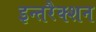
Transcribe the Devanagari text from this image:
इन्तरैक्शन